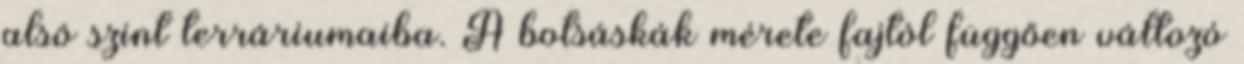
alsó szint terráriumaiba. A botsáskák mérete fajtól függően változó